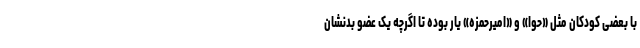
با بعضی کودکان مثل «حوا» و «امیرحمزه» یار بوده تا اگرچه یک عضو بدنشان